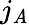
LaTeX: j_{\mathit{A}}